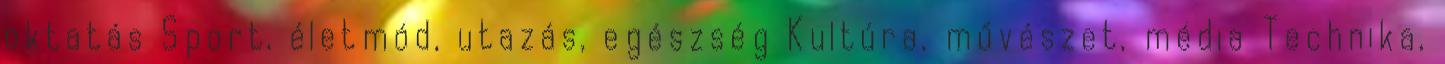
oktatás Sport, életmód, utazás, egészség Kultúra, művészet, média Technika,